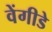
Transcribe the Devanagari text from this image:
वेंगीडे